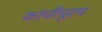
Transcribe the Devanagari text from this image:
कांचीपूरम